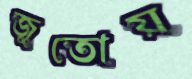
জুতোয়